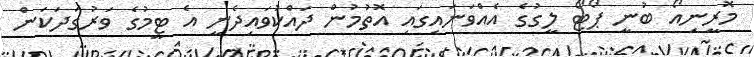
މޮރީނިއޯ ބުނީ ޕޯޓޯ ލީގުގެ އެއްވަނައިގައި އޮތުމުން ދައްކުވައިދެނީ އެ ޓީމުގެ ވަރުގަދަކަން